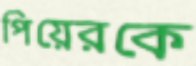
পিয়েরকে